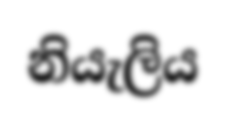
නියැලිය